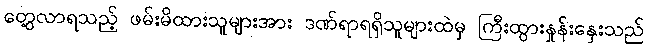
တွေ့လာရသည့် ဖမ်းမိထားသူများအား ဒဏ်ရာရရှိသူများထဲမှ ကြီးထွားနှုန်းနှေးသည်